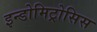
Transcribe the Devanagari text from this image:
इन्डोमिट्रोसिस